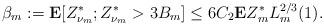
LaTeX: \begin{align*} \beta_m:=\mathbf{E}[Z^*_{\nu_m};Z^*_{\nu_m}> 3B_m]\le 6C_2\mathbf{E}Z^*_mL_m^{2/3}(1).\end{align*}